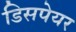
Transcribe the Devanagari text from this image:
डिसपेयर